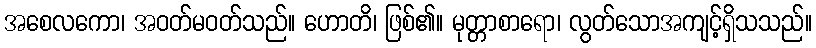
အစေလကော၊ အဝတ်မဝတ်သည်။ ဟောတိ၊ ဖြစ်၏။ မုတ္တာစာရော၊ လွတ်သောအကျင့်ရှိသသည်။